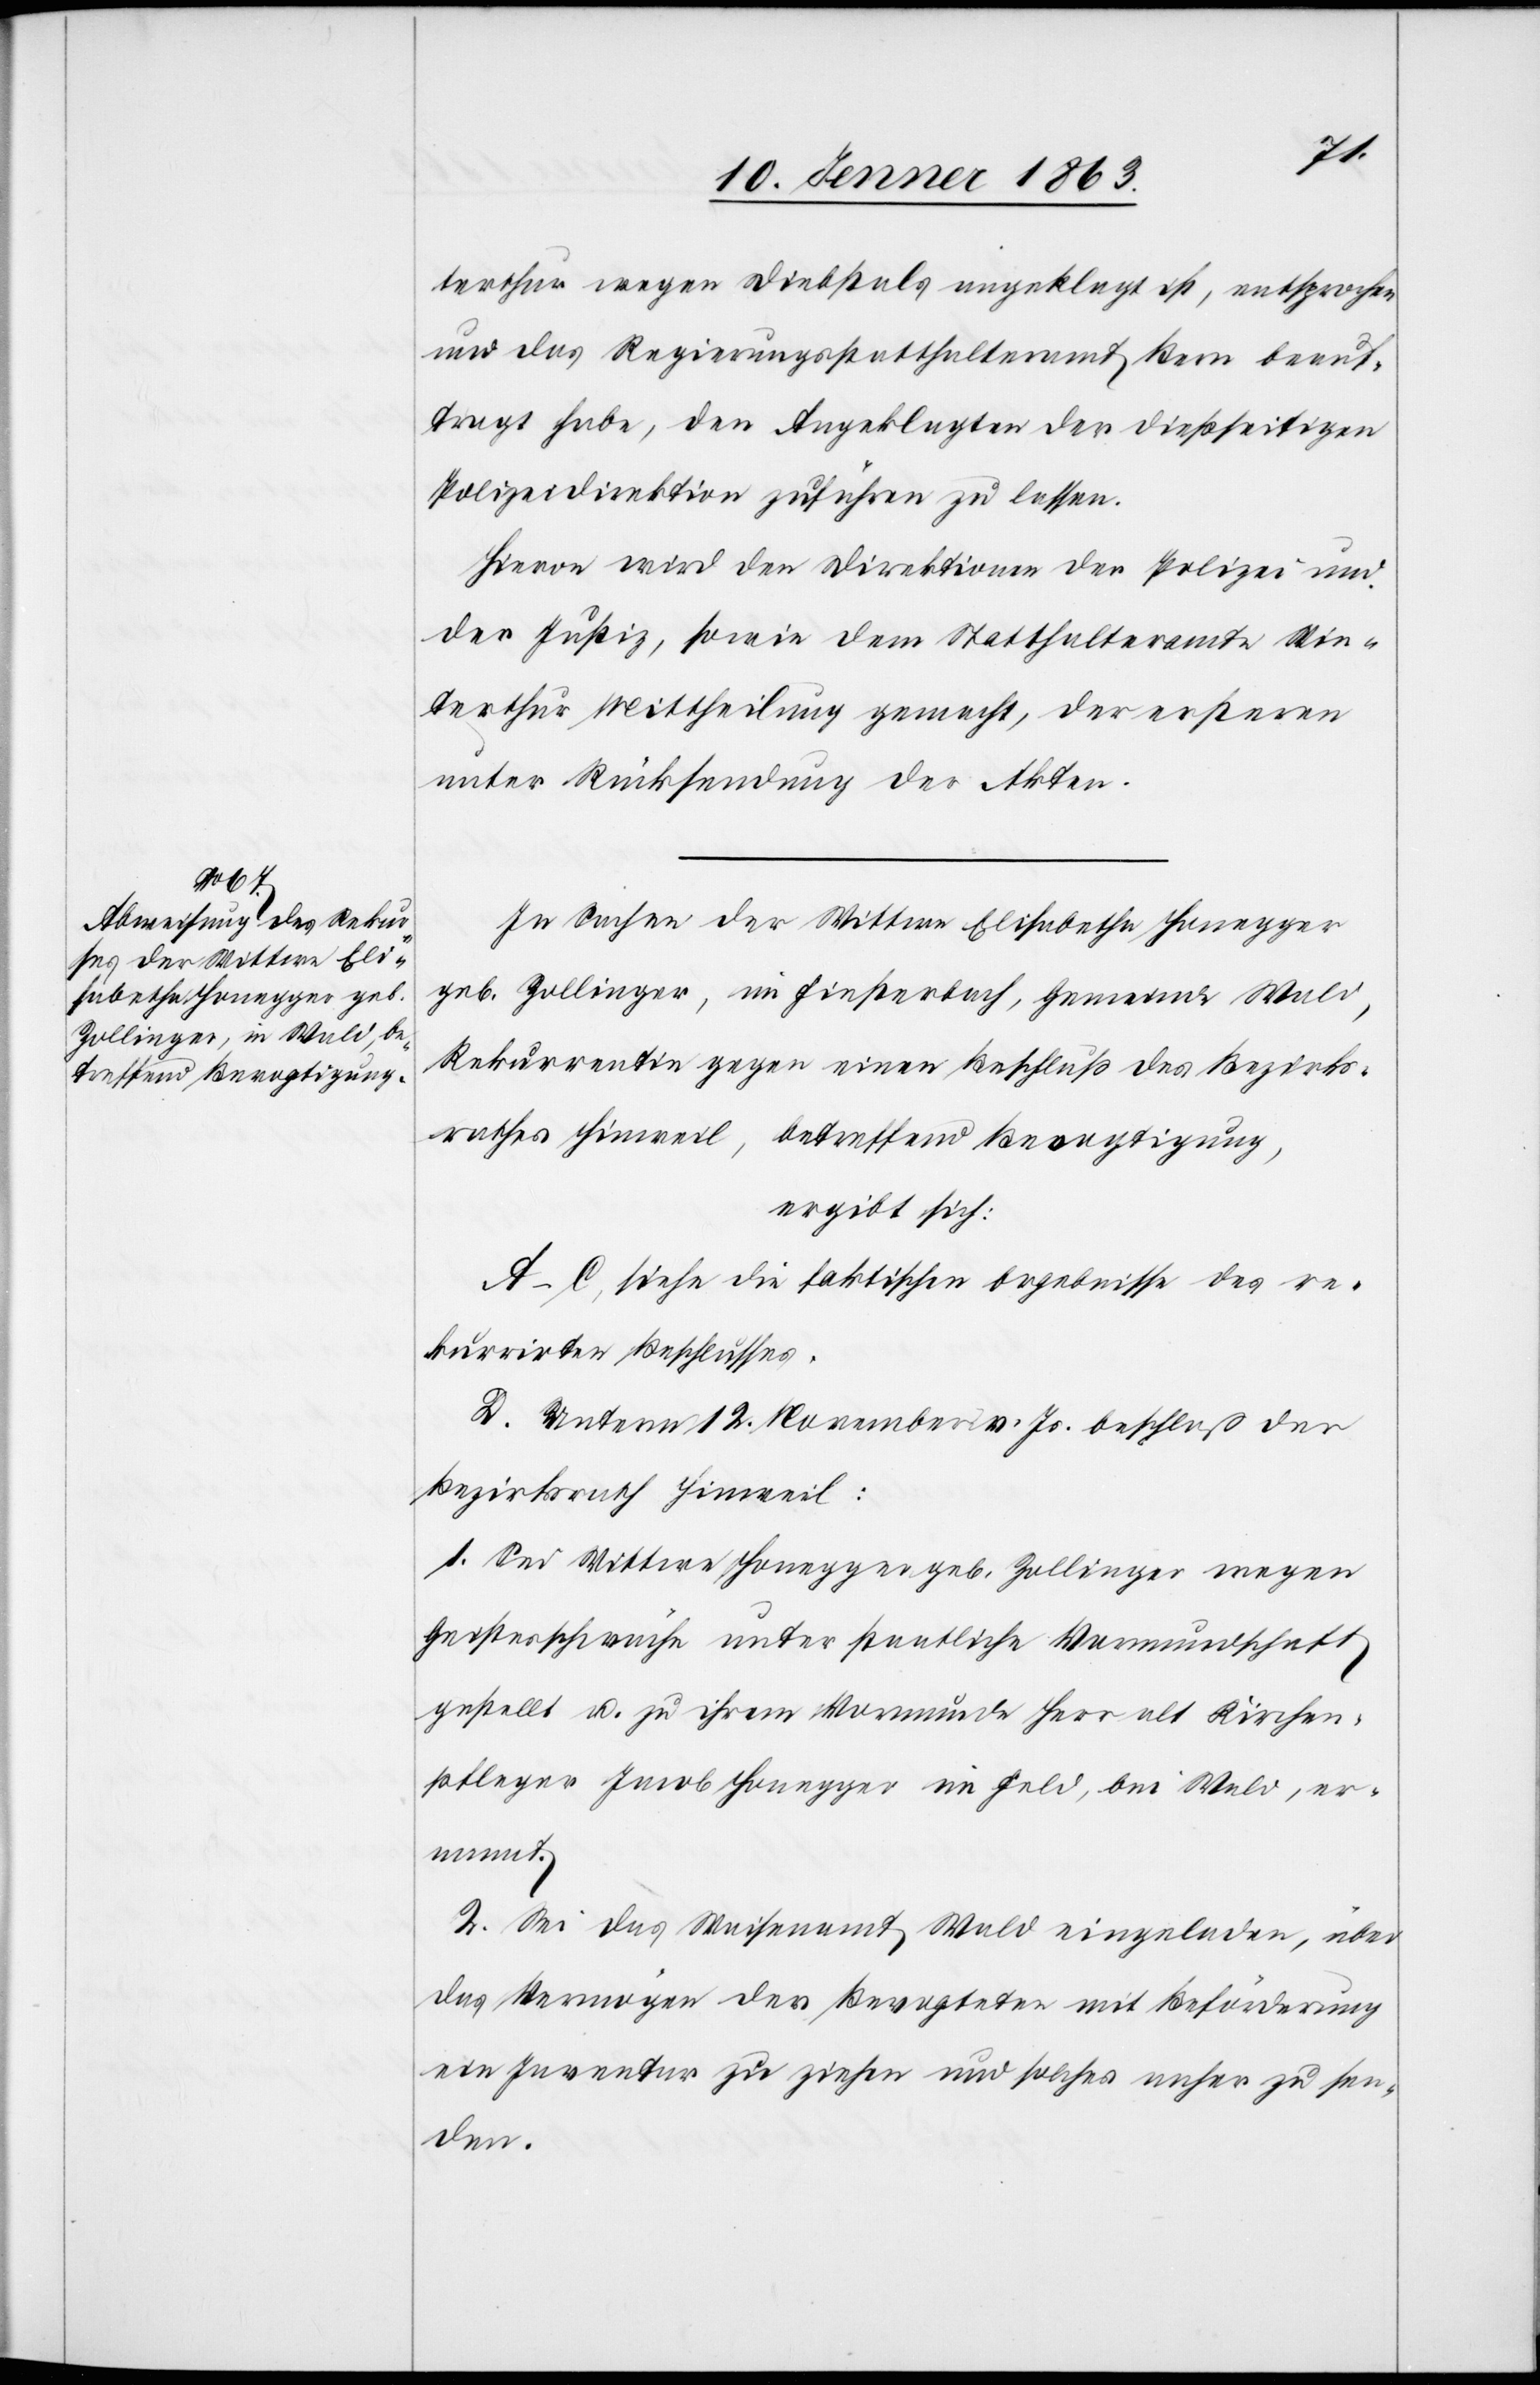
terthur wegen Diebstals angeklagt ist, entsprochen
und das Regierungsstatthalteramt Bern beauf¬
tragt habe, den Angeklagten der dießseitigen
Polizeidirektion zuführen zu lassen.
Hievon wird den Direktionen der Polizei und
der Justiz, sowie dem Statthalteramte Win¬
terthur Mittheilung gemacht, der ersteren
unter Rücksendung der Akten.
In Sachen der Wittwe Elisabetha Honegger
geb. Zollinger, in Finsterbach, Gemeinde Wald,
Rekurrentin gegen einen Beschluß des Bezirks¬
rathes Hinweil, betreffend Bevogtigung,
ergibt sich:
A–C. siehe die faktischen Ergebnisse des re¬
kurrirten Beschlusses.
D. Unterm 12. November v. Js. beschloß der
Bezirksrath Hinweil:
1. Sei Wittwe Honegger geb. Zollinger wegen
Geistesschwäche unter staatliche Vormundschaft
gestellt u. zu ihrem Vormunde Herr alt Kirchen¬
pfleger Jacob Honegger im Feld, bei Wald, er¬
2. Sei das Waisenamt Wald eingeladen, über
das Vermögen der Bevogteten mit Beförderung
ein Inventar zu ziehen und solches anher zu sen¬
den.